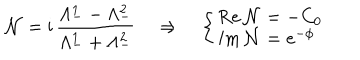
LaTeX: \mathcal { N } = \mathrm { i } \, \frac { \Lambda _ { - } ^ { 1 } - \Lambda _ { - } ^ { 2 } } { \Lambda _ { - } ^ { 1 } + \Lambda _ { - } ^ { 2 } } \quad \Rightarrow \quad \left\{ \left\{ \begin{cases} { { \mathrm { R e } \, \mathcal { N } = - C _ { 0 } } } \\ { { \mathrm { I m } \, \mathcal { N } = e ^ { - \phi } } } \\ \end{cases} \right. \right.